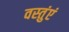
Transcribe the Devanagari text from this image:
वस्तुंएं